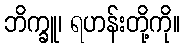
ဘိက္ခူ၊ ရဟန်းတို့ကို။